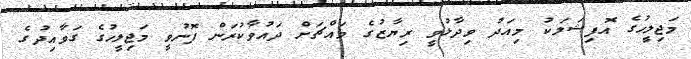
މަޖިލީހުގެ އޮފިޝަލަކު މިއަދު ވިދާޅުވީ ރިޔާޒުގެ މައްޗަށް ދައުވާކުރަން ފޮނުވީ މަޖިލީހުގެ ގަވާއިދުގެ